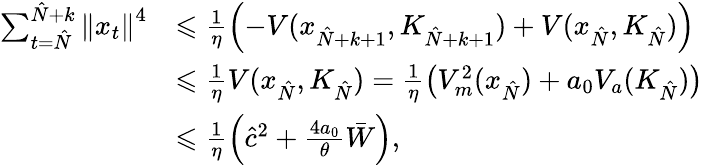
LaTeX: \begin{array}{rl}{\sum_{t=\hat{N}}^{\hat{N}+k}\left\| x_{t}\right\| ^{4}}&{\leqslant\frac{1}{\eta}\left(-V(x_{\hat{N}+k+1},K_{\hat{N}+k+1})+V(x_{\hat{N}},K_{\hat{N}})\right)}\\ &{\leqslant\frac{1}{\eta}V(x_{\hat{N}},K_{\hat{N}})=\frac{1}{\eta}\left(V_{m}^{2}(x_{\hat{N}})+a_{0}V_{a}(K_{\hat{N}})\right)}\\ &{\leqslant\frac{1}{\eta}\left(\hat{c}^{2}+\frac{4a_{0}}{\theta}\bar{W}\right),}\end{array}